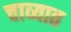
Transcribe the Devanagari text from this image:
चाव्यात